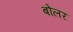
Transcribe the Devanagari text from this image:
बोलर